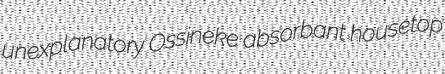
unexplanatory Ossineke absorbant housetop